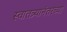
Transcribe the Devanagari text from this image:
स्वातत्र्यानंतरच्या